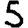
Digit: 5